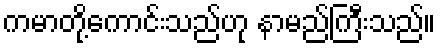
ကမာတို့ကောင်းသည်ဟု နာမည်ကြီးသည်။